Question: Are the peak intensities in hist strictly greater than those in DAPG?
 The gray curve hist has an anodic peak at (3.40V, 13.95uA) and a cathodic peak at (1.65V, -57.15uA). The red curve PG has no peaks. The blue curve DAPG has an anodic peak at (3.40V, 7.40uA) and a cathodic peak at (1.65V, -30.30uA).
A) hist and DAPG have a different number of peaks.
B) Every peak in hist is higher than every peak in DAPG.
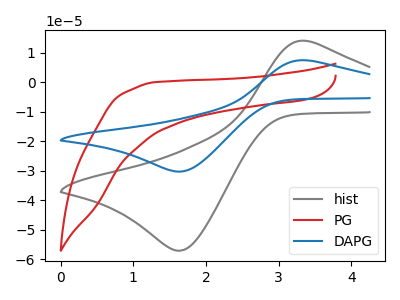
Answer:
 <answer>B) Every peak in "hist" is higher than every peak in "DAPG".</answer>
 <eval>B</eval>